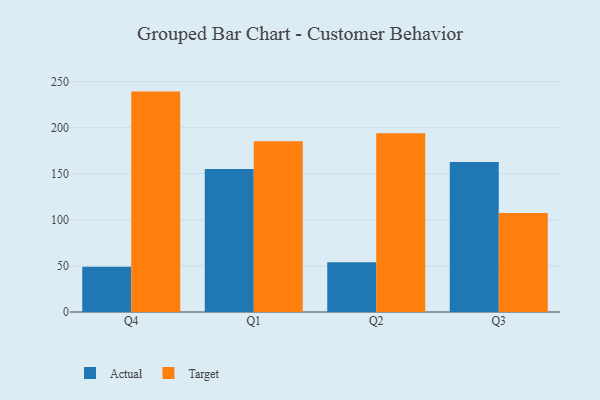
{"axis": {"x": "Quarter", "y": "Budget (USD K)"}, "legend": ["Actual", "Target"], "data": [{"x": "Q4", "y": 49.2, "type": "Actual"}, {"x": "Q4", "y": 239.1, "type": "Target"}, {"x": "Q1", "y": 155.1, "type": "Actual"}, {"x": "Q1", "y": 185.2, "type": "Target"}, {"x": "Q2", "y": 53.9, "type": "Actual"}, {"x": "Q2", "y": 194.0, "type": "Target"}, {"x": "Q3", "y": 162.6, "type": "Actual"}, {"x": "Q3", "y": 107.3, "type": "Target"}]}